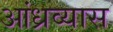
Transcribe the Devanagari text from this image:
आंध्रव्यास